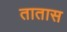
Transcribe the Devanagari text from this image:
तातास